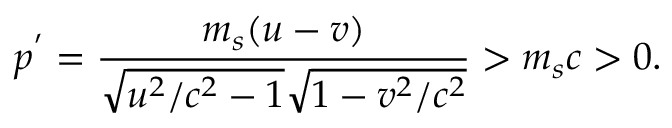
p ^ { ^ { \prime } } = \frac { m _ { s } ( u - v ) } { \sqrt { u ^ { 2 } / c ^ { 2 } - 1 } \sqrt { 1 - v ^ { 2 } / c ^ { 2 } } } > m _ { s } c > 0 .